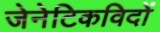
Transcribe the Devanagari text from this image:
जेनेटिकविदों